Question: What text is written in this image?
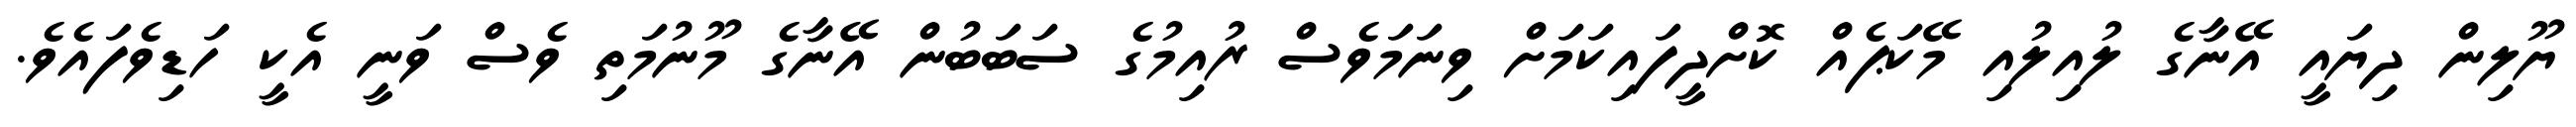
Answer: ޔޫލިން ދިޔައީ އޭނާގެ ލުއިލުއި މޭކަޕެއް ކޮށްދީފައިކަމަށް ވިނަމަވެސް ރުއިމުގެ ސަބަބުން އޭނާގެ މޫނުމަތި ވެސް ވަނީ އެކީ ހަޑިވެފައެވެ.